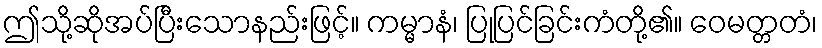
ဤသို့ဆိုအပ်ပြီးသောနည်းဖြင့်။ ကမ္မာနံ၊ ပြုပြင်ခြင်းကံတို့၏။ ဝေမတ္တတံ၊